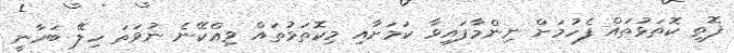
ފޮތި ކޮތަޅުތައް ފެހުމަށް ނިންމާފައިވާ ކަމަށާއި މިކޮތަޅުތައް ވިއްކޭނެ ނުވަތަ ހިލޭ ބަހާނީ